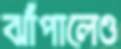
ঝাঁপালেও